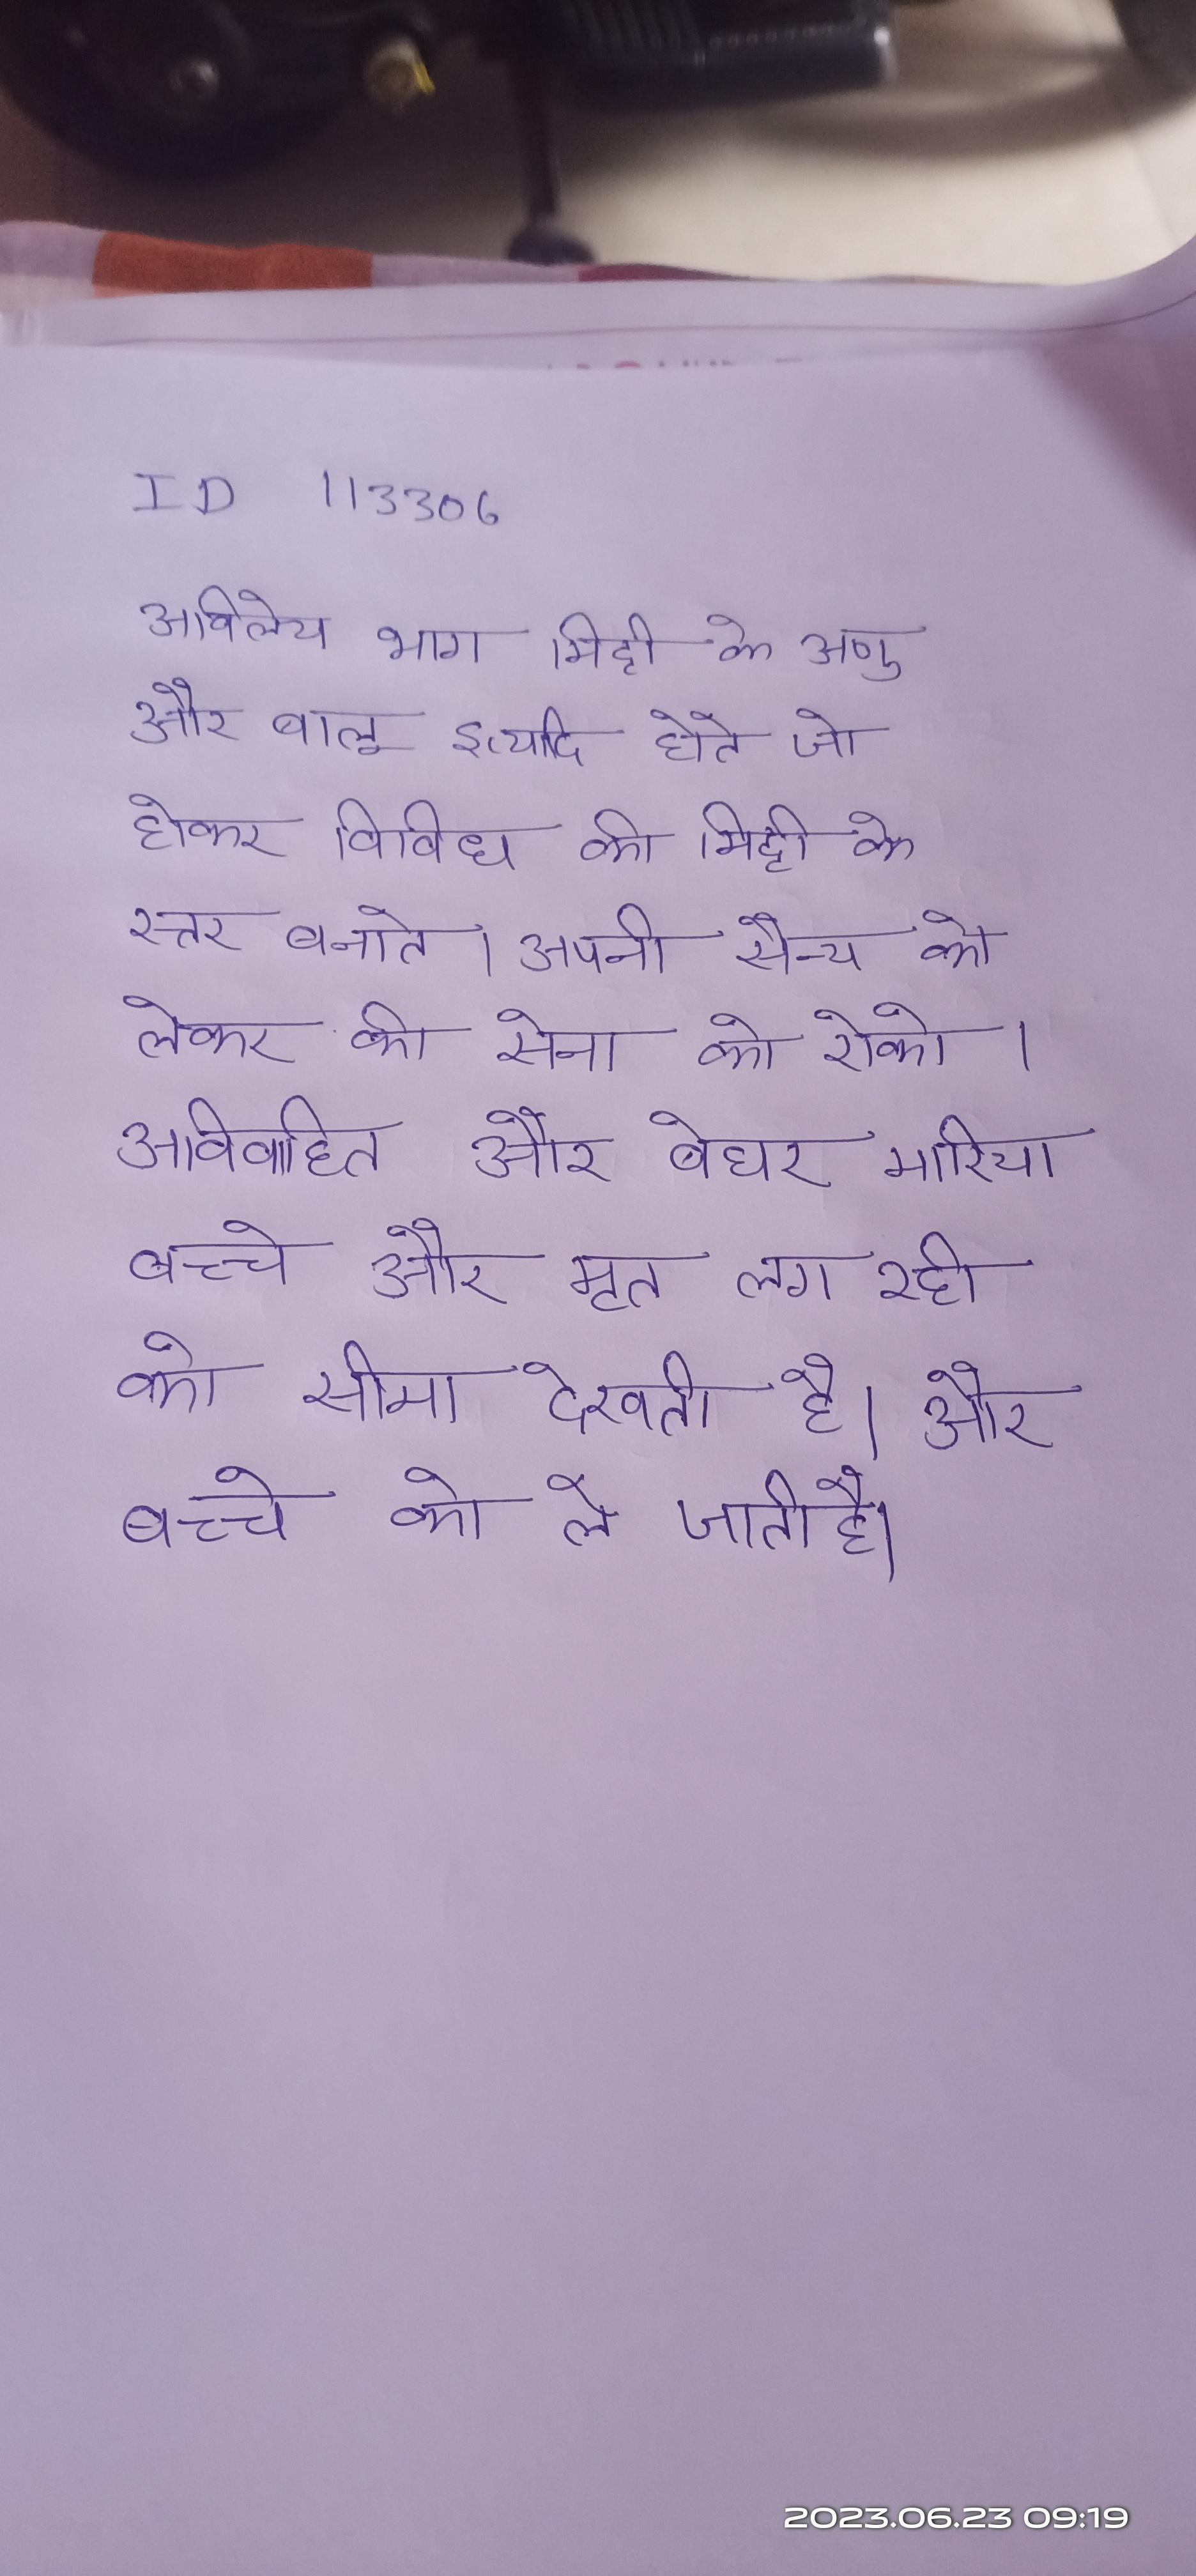
अविलेय भाग मिट्टी के अणु और बालू इत्यादि होते जो होकर विविध की मिट्टी के स्तर बनाते । अपनी सैन्य को लेकर की सेना को रोको । अविवाहित और बेघर, मारिया बच्चे और मृत लग रही को सीमा देखती है, और बच्चे को ले जाती है ।